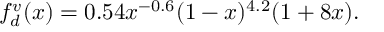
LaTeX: f _ { d } ^ { v } ( x ) = 0 . 5 4 x ^ { - 0 . 6 } ( 1 - x ) ^ { 4 . 2 } ( 1 + 8 x ) .